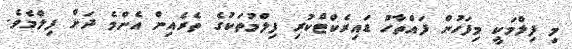
މި ފިލްމަކީ މިފަހުން ފައްތާހު ޑައިރެކްޓްކުރި ފިލްމުތަކުގެ ތެރެއިން އެންމެ ދަށް ފިލްމެވެ.